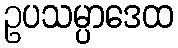
ဥပသမ္ပာဒေထ